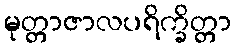
မုတ္တာဇာလပရိက္ခိတ္တာ